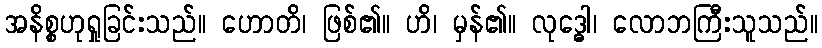
အနိစ္စဟုရှုခြင်းသည်။ ဟောတိ၊ ဖြစ်၏။ ဟိ၊ မှန်၏။ လုဒ္ဓေါ၊ လောဘကြီးသူသည်။